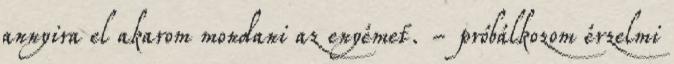
annyira el akarom mondani az enyémet. - próbálkozom érzelmi